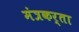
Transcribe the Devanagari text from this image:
मंत्रकर्ता